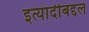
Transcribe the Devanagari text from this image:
इत्यादीबद्दल